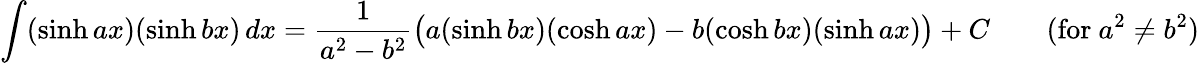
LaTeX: \int(\sinh ax)(\sinh bx)\, dx={\frac{1}{a^{2}-b^{2}}}{\big(}a(\sinh bx)(\cosh ax)-b(\cosh bx)(\sinh ax){\big)}+C\qquad{\mathrm{(for~}}a^{2}\neq b^{2}{\mathrm{)}}